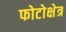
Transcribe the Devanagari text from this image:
फोटोक्षेत्र